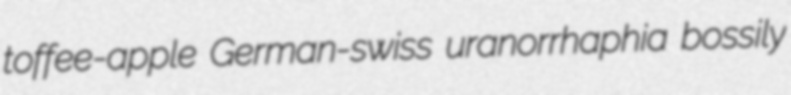
toffee-apple German-swiss uranorrhaphia bossily